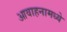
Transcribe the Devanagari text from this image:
आवाहनामध्ये